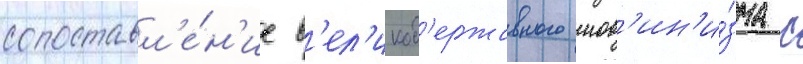
сопоставл'е́н'ие в'ел'икод'ержавного шов'ин'и́зма с